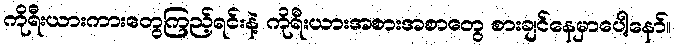
ကိုရီးယားကားတွေကြည့်ရင်းနဲ့ ကိုရီးယားအစားအစာတွေ စားချင်နေမှာပေါ့နော်။